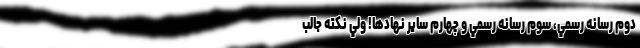
دوم رسانه رسمي، سوم رسانه رسمي و چهارم ساير نهادها! ولي نكته جالب